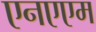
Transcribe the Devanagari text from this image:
एनएएम